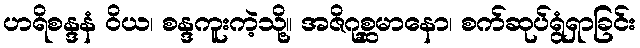
ဟရိစန္ဒနံ ဝိယ၊ စန္ဒကူးကဲ့သို့။ အဇိဂုစ္ဆမာနော၊ စက်ဆုပ်ရွံရှာခြင်း